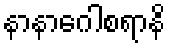
နာနာဂေါစရာနိ